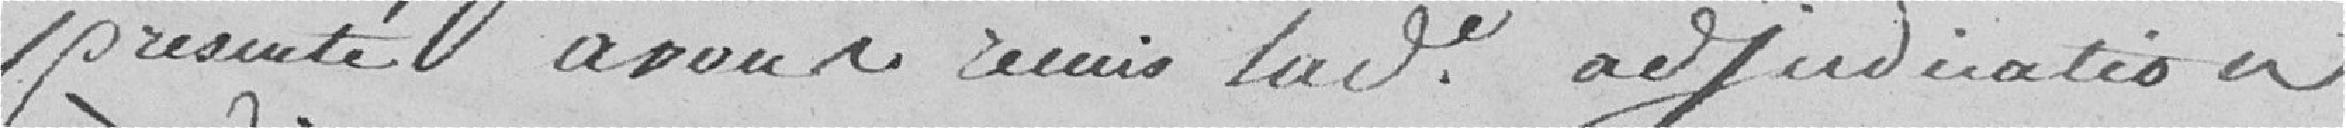
présenté à vous, remis ladite adjudication